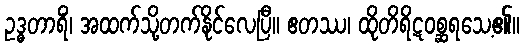
ဥဒ္ဓတာရိံ၊ အထက်သို့တက်နိုင်လေပြီ။ ဧတဿ၊ ထိုတိရိဋဝစ္ဆရသေ့၏။